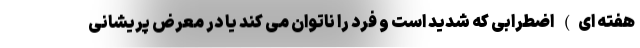
هفته ای) اضطرابی که شدید است و فرد را ناتوان می کند یا در معرض پریشانی